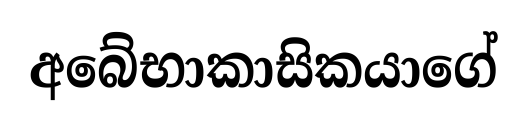
අබේභාකාසිකයාගේ